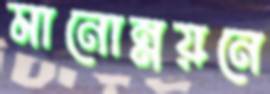
মানোন্নয়নে